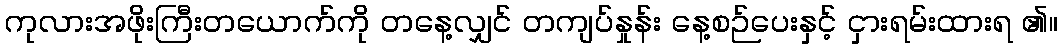
ကုလားအဖိုးကြီးတယောက်ကို တနေ့လျှင် တကျပ်နှုန်း နေ့စဉ်ပေးနှင့် ငှားရမ်းထားရ ၏။